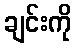
ချင်းကို